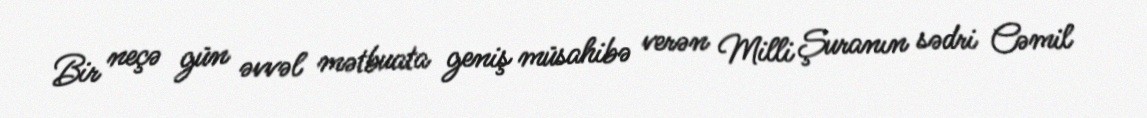
Bir neçə gün əvvəl mətbuata geniş müsahibə verən Milli Şuranın sədri Cəmil